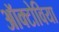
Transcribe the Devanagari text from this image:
ऑक्टोविया